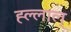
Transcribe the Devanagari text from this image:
ह्ल्लाल्